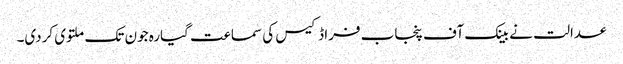
عدالت نے بینک آف پنجاب فراڈکیس کی سماعت گیارہ جون تک ملتوی کردی۔